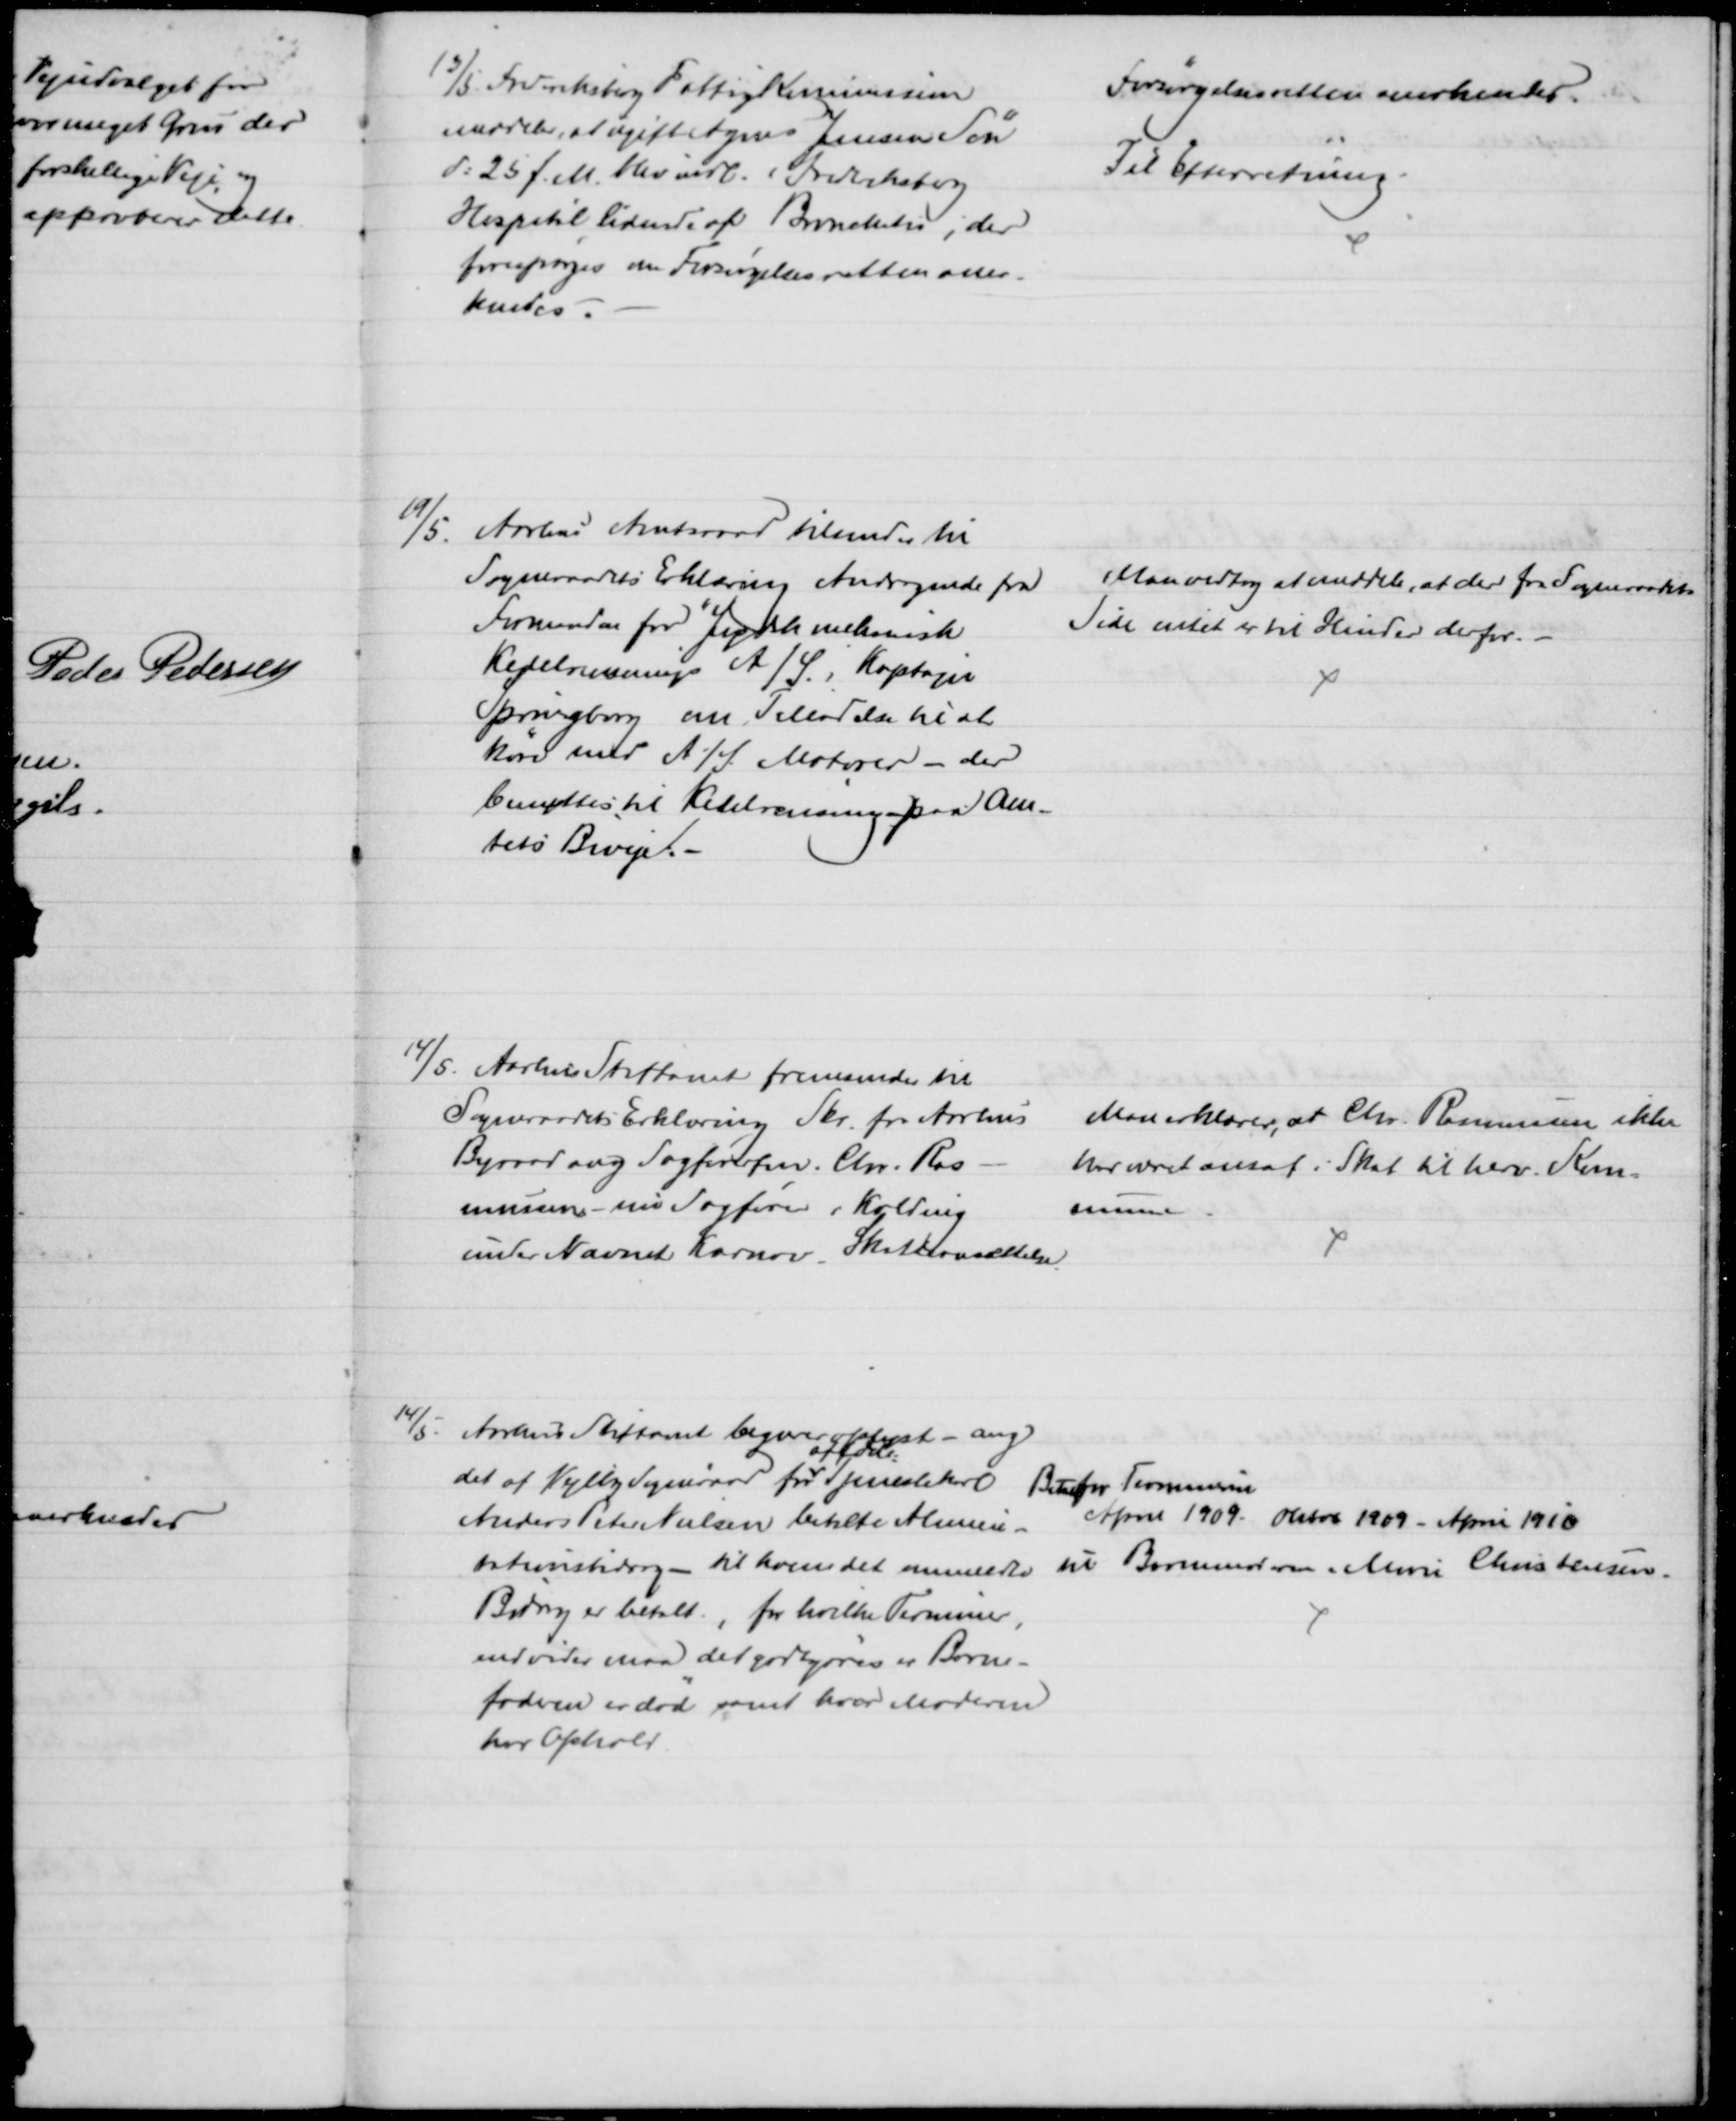
Transskription:
13/5. Frederiksberg Fattigkommission
meddeler, at ugift Agnes Jensens Søn
d: 25 f. M. blev indl. i Fredriksberg
Hospital lidende af Bronchitis, der
forespørges om Forsørgelsesretten aner-
kendes.
Forsørgelsesretten anerkendes.
Til Efterretning.
19/5
Aarhus Amtsraad tilsender til
Sogneraadets Erklæring Andragende fra
Formanden for "Jydsk mekanisk
Kedelrensnings A/ S., Kaptajn
Springborg om Tilladelse til at
køre med A/S Motorer - der
benyttes til Kedelrensning paa Am-
tets Biveje. 
Man vedtog at meddele, at der fra Sogneraadets
Side intet er til Hinder derfor. 
14/5 Aarhus Stiftamt fremsender til
Sogneraadets Erklæring Skr. fra Aarhus
Byraad ang Sagførerfm. Chr. Ras-
mussen - nu Sagfører i Kolding
under Navnet Karnov, Skatteansættelse
Man erklærer, at Chr. Rasmussen ikke 
har været ansat i Skat til herv. Kom-
mune
14/5 Aarhus Stiftamt begærer oplyst - ang
det af Vejlby Sogneraad for 
afdøde:
Tjenestekarl
Anders Peter Nielsen betalte Alimen-
tationsbidrag - til hvem det anmeldte 
Bidrag er betalt, for hvilke Terminer,
endvider maa det godtgøres er Barne-
faderen er død samt hvor Moderen
har Ophold
Betalt for Terminerne
April 1909 - Oktob 1909 - April 1910
til Barnemoderen. Marie Christensen.